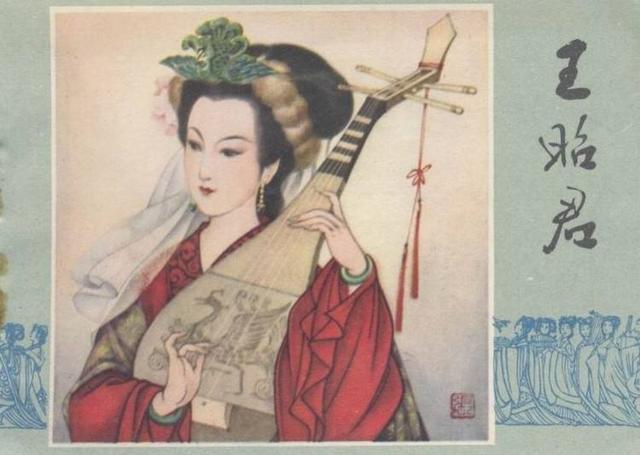
可怜青冢已芜没，尚有哀弦留至今。